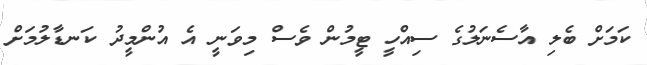
ކަމަށް ބެލި އާސެނަލުގެ ސިއްހީ ޓީމުން ވެސް މިވަނީ އެ އުންމީދު ކަނޑާލުމަށް